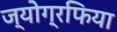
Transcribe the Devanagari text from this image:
ज्योग्रफिया